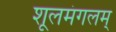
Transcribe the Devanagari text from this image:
शूलमंगलम्‌